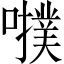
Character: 𡃒